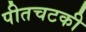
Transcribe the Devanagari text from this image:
पीतचटकी